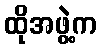
ထိုအဖွဲ့က